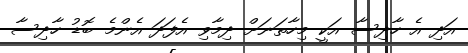
އަދި އެ ހާދިސާ އަކީ މިހާތަނަށް ދިމާވި އެފަދަ އެންމެ ބޮޑު ހާދިސާ